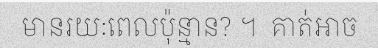
មានរយៈពេលប៉ុន្មាន? ។  គាត់អាច